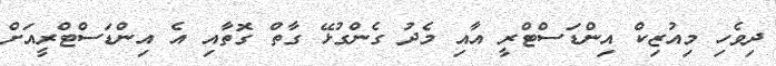
ދިވެހި މިއުޒިކް އިންޑަސްޓްރީ އާއި މެދު ގެންގުޅޭ ގާތް ގޮތާއި އެ އިންޑަސްޓްރީއަށް